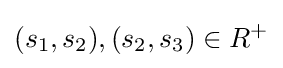
(s_{1},s_{2}),(s_{2},s_{3})\in R^{+}